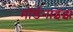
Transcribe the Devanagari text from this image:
मॉर्डनाइझ